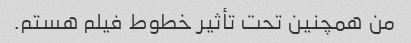
من همچنین تحت تأثیر خطوط فیلم هستم.